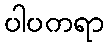
ပါပကရာ